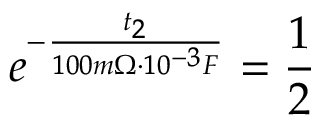
e ^ { - \frac { t _ { 2 } } { 1 0 0 m \Omega \cdot 1 0 ^ { - 3 } F } } = \frac { 1 } { 2 }